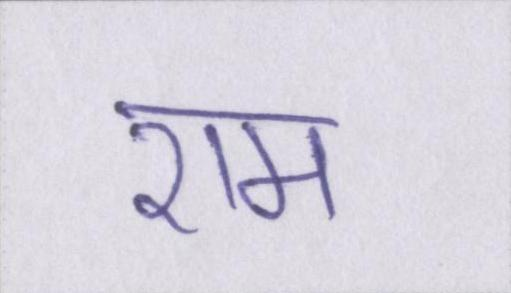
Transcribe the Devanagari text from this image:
राम